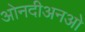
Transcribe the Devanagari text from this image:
ओनदीअनओ